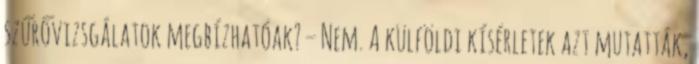
szűrővizsgálatok megbízhatóak? – Nem. A külföldi kísérletek azt mutatták,